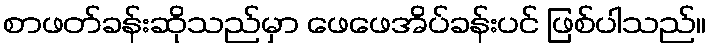
စာဖတ်ခန်းဆိုသည်မှာ ဖေဖေအိပ်ခန်းပင် ဖြစ်ပါသည်။